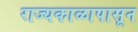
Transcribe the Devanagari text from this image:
राज्यकाळापासून